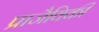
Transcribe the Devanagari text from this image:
प्राजैविकी